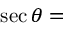
\sec \theta =